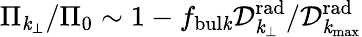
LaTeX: \Pi_{\mathit{k}_{\perp}}/\Pi_{0}\sim1-f_{\mathrm{{bul\mathit{k}}}}{\mathcal{D}}_{\mathit{k}_{\perp}}^{\mathrm{{rad}}}/{\mathcal{D}}_{\mathit{k}_{\operatorname*{max}}}^{\mathrm{{rad}}}